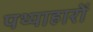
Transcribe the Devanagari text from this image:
पथ्याहारों